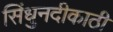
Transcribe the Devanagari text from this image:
सिंधुनदीकाठी